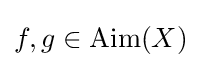
f,g\in {\text{Aim}}(X)